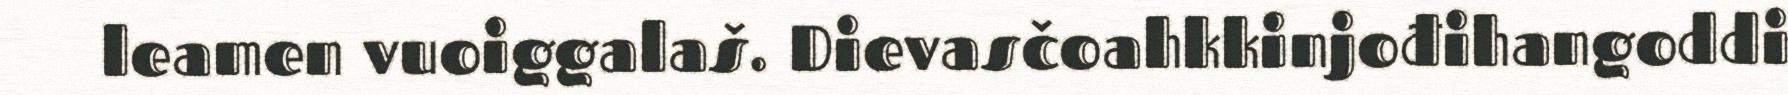
leamen vuoiggalaš. Dievasčoahkkinjođihangoddi